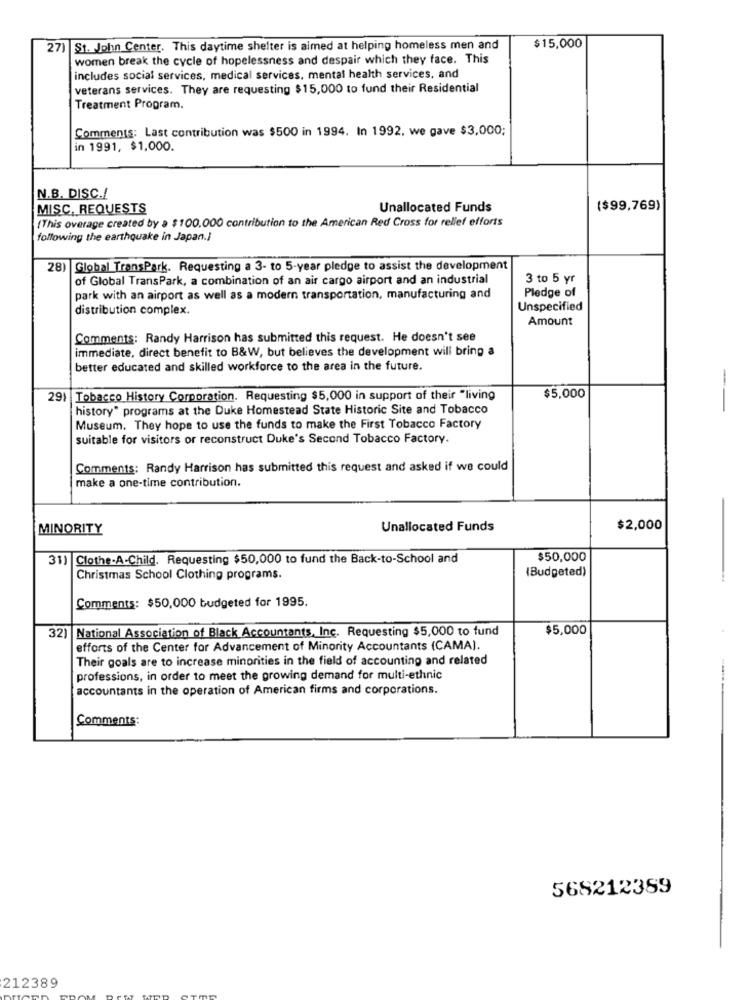
27) St. John Center. This daytime shelter is aimed at helping homeless men and
$15,000
women break the cycle of hopelessness and despair which they face. This
includes social services, medical services, mental health services, and
veterans services. They are requesting $15,000 to fund their Residential
Treatment Program.
Comments: Last contribution was $500 in 1994. In 1992, we gave $3,000;
in 1991, $1,000.
N.B. DISC./
MISC, REQUESTS
Unallocated Funds
($99,769)
(This overage created by a $100.000 contribution to the American Red Cross for relief efforts
following the earthquake in Japan.]
28) Global TransPark. Requesting a 3- to 5-year pledge to assist the development
of Global TransPark, a combination of an air cargo airport and an industrial
3 to 5 yr
Pledge of
park with an airport as well as a modern transportation, manufacturing and
distribution complex.
Unspecified
Amount
Comments: Randy Harrison has submitted this request. He doesn't see
immediate, direct benefit to B&W, but believes the development will bring a
better educated and skilled workforce to the area in the future.
291 Tobacco History Corporation. Requesting $5,000 in support of their "living
$5,000
history" programs at the Duke Homestead State Historic Site and Tobacco
--
Museum. They hope to use the funds to make the First Tobacco Factory
suitable for visitors or reconstruct Duke's Second Tobacco Factory.
Comments: Randy Harrison has submitted this request and asked if we could
make a one-time contribution.
MINORITY
Unallocated Funds
$2,000
31) Clothe-A-Child. Requesting $50,000 to fund the Back-to-School and
$50,000
(Budgeted)
Christmas School Clothing programs.
Comments: $50,000 budgeted for 1995.
32) National Association of Black Accountants, Inc. Requesting $5,000 to fund
$5,000
efforts of the Center for Advancement of Minority Accountants (CAMA).
Their goals are to increase minorities in the field of accounting and related
professions, in order to meet the growing demand for multi-ethnic
accountants in the operation of American firms and corporations.
Comments:
568212389
212389